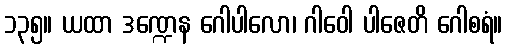
၁၃၅။ ယထာ ဒဏ္ဍေန ဂေါပါလော၊ ဂါဝေါ ပါဇေတိ ဂေါစရံ။